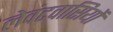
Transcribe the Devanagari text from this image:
लेवंटवासियों